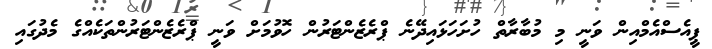
ޕީއެސްއެމްއިން ވަނީ މި މުބާރާތް ހުށަހަޅައިދޭނެ ޕްރެޒެންޓަރުން ހޮވުމަށް ވަނީ ޕްރެޒެންޓަރުންތަކެއްގެ މެދުގައި